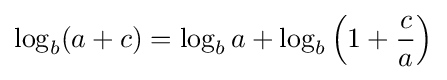
\log _{b}(a+c)=\log _{b}a+\log _{b}\left(1+{\frac {c}{a}}\right)